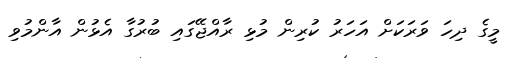
މީގެ ދިހަ ވަރަކަށް އަހަރު ކުރިން މުޅި ރާއްޖޭގައި ބުރުގާ އެޅުން އާންމުވި